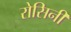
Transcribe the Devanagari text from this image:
रोसिनी